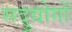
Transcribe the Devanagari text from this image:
सदुद्योगों